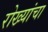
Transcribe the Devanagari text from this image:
रोख्यांचा